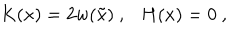
K ( x ) = 2 w ( \tilde { x } ) \ , \ \ \ H ( x ) = 0 \ ,